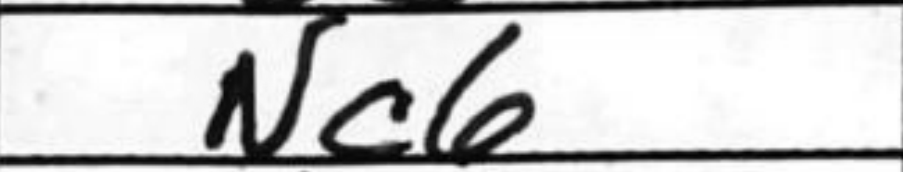
Transcription: Nc6